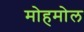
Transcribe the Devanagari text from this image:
मोहमोल